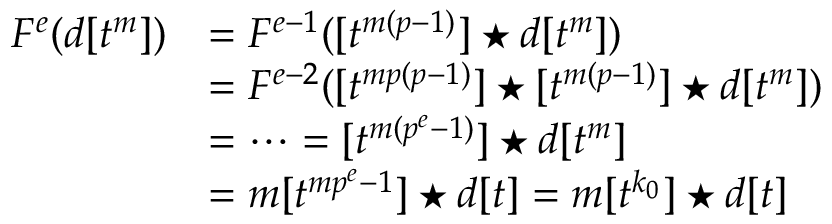
\begin{array} { r l } { F ^ { e } ( d [ t ^ { m } ] ) } & { = F ^ { e - 1 } ( [ t ^ { m ( p - 1 ) } ] \star d [ t ^ { m } ] ) } \\ & { = F ^ { e - 2 } ( [ t ^ { m p ( p - 1 ) } ] \star [ t ^ { m ( p - 1 ) } ] \star d [ t ^ { m } ] ) } \\ & { = \cdots = [ t ^ { m ( p ^ { e } - 1 ) } ] \star d [ t ^ { m } ] } \\ & { = m [ t ^ { m p ^ { e } - 1 } ] \star d [ t ] = m [ t ^ { k _ { 0 } } ] \star d [ t ] } \end{array}